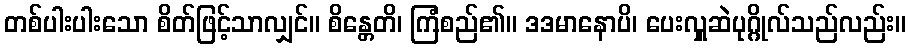
တစ်ပါးပါးသော စိတ်ဖြင့်သာလျှင်။ စိန္တေတိ၊ ကြံစည်၏။ ဒဒမာနောပိ၊ ပေးလှူဆဲပုဂ္ဂိုလ်သည်လည်း။